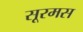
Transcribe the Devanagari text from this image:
सूरमस